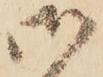
御